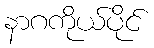
နာဂကိုယ်ပိုင်